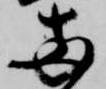
両